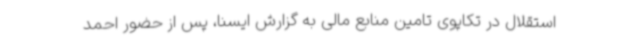
استقلال در تکاپوی تامین منابع مالی به گزارش ایسنا، پس از حضور احمد